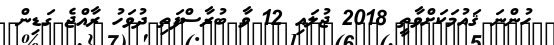
ހުންނަ ޤައުމަކަށްވާތީ 2018 ޖުލައި 12 ވާ ބުރާސްފަތި ދުވަހު ރާއްޖެ ގަޑިން